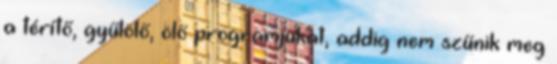
a térítő, gyűlölő, ölő programjukat, addig nem szűnik meg